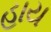
હાય